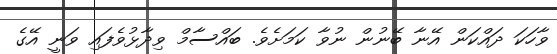
ވާހަކަ ދައްކަން އޭނާ ބޭނުން ނުވާ ކަމަށެވެ. ބައްސާމް ވިދާޅުވެފައި ވަނީ އޭގެ